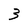
Character: 3